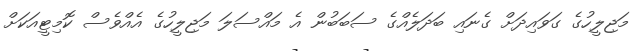
މަޖިލީހުގެ ގަވައިދަށް ގެނައި ބަދަލެއްގެ ސަބަބުން އެ މައްސަލަ މަޖިލީހުގެ އެއްވެސް ކޮމިޓީއަކަށް